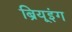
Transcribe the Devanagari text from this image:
ब्रियूइंग